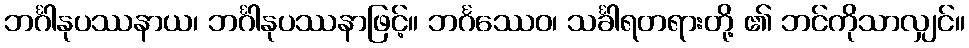
ဘင်္ဂါနုပဿနာယ၊ ဘင်္ဂါနုပဿနာဖြင့်။ ဘင်္ဂဿေဝ၊ သင်္ခါရတရားတို့ ၏ ဘင်ကိုသာလျှင်။